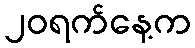
၂၀ရက်နေ့က